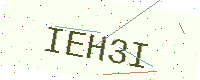
Text: IEH3I